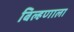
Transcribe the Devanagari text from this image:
बिल्हणाला